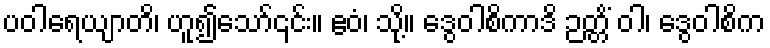
ပဝါရေယျာတိ၊ ဟူ၍သော်၎င်း။ ဧဝံ၊ သို့။ ဒွေဝါစိကာဒိ ဉတ္တိံ ဝါ၊ ဒွေဝါစိက